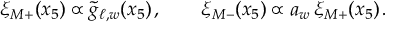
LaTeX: \xi _ { M + } ( x _ { 5 } ) \propto \tilde { g } _ { \ell , w } ( x _ { 5 } ) \, , \quad \quad \xi _ { M - } ( x _ { 5 } ) \propto a _ { w } \, \xi _ { M + } ( x _ { 5 } ) \, .